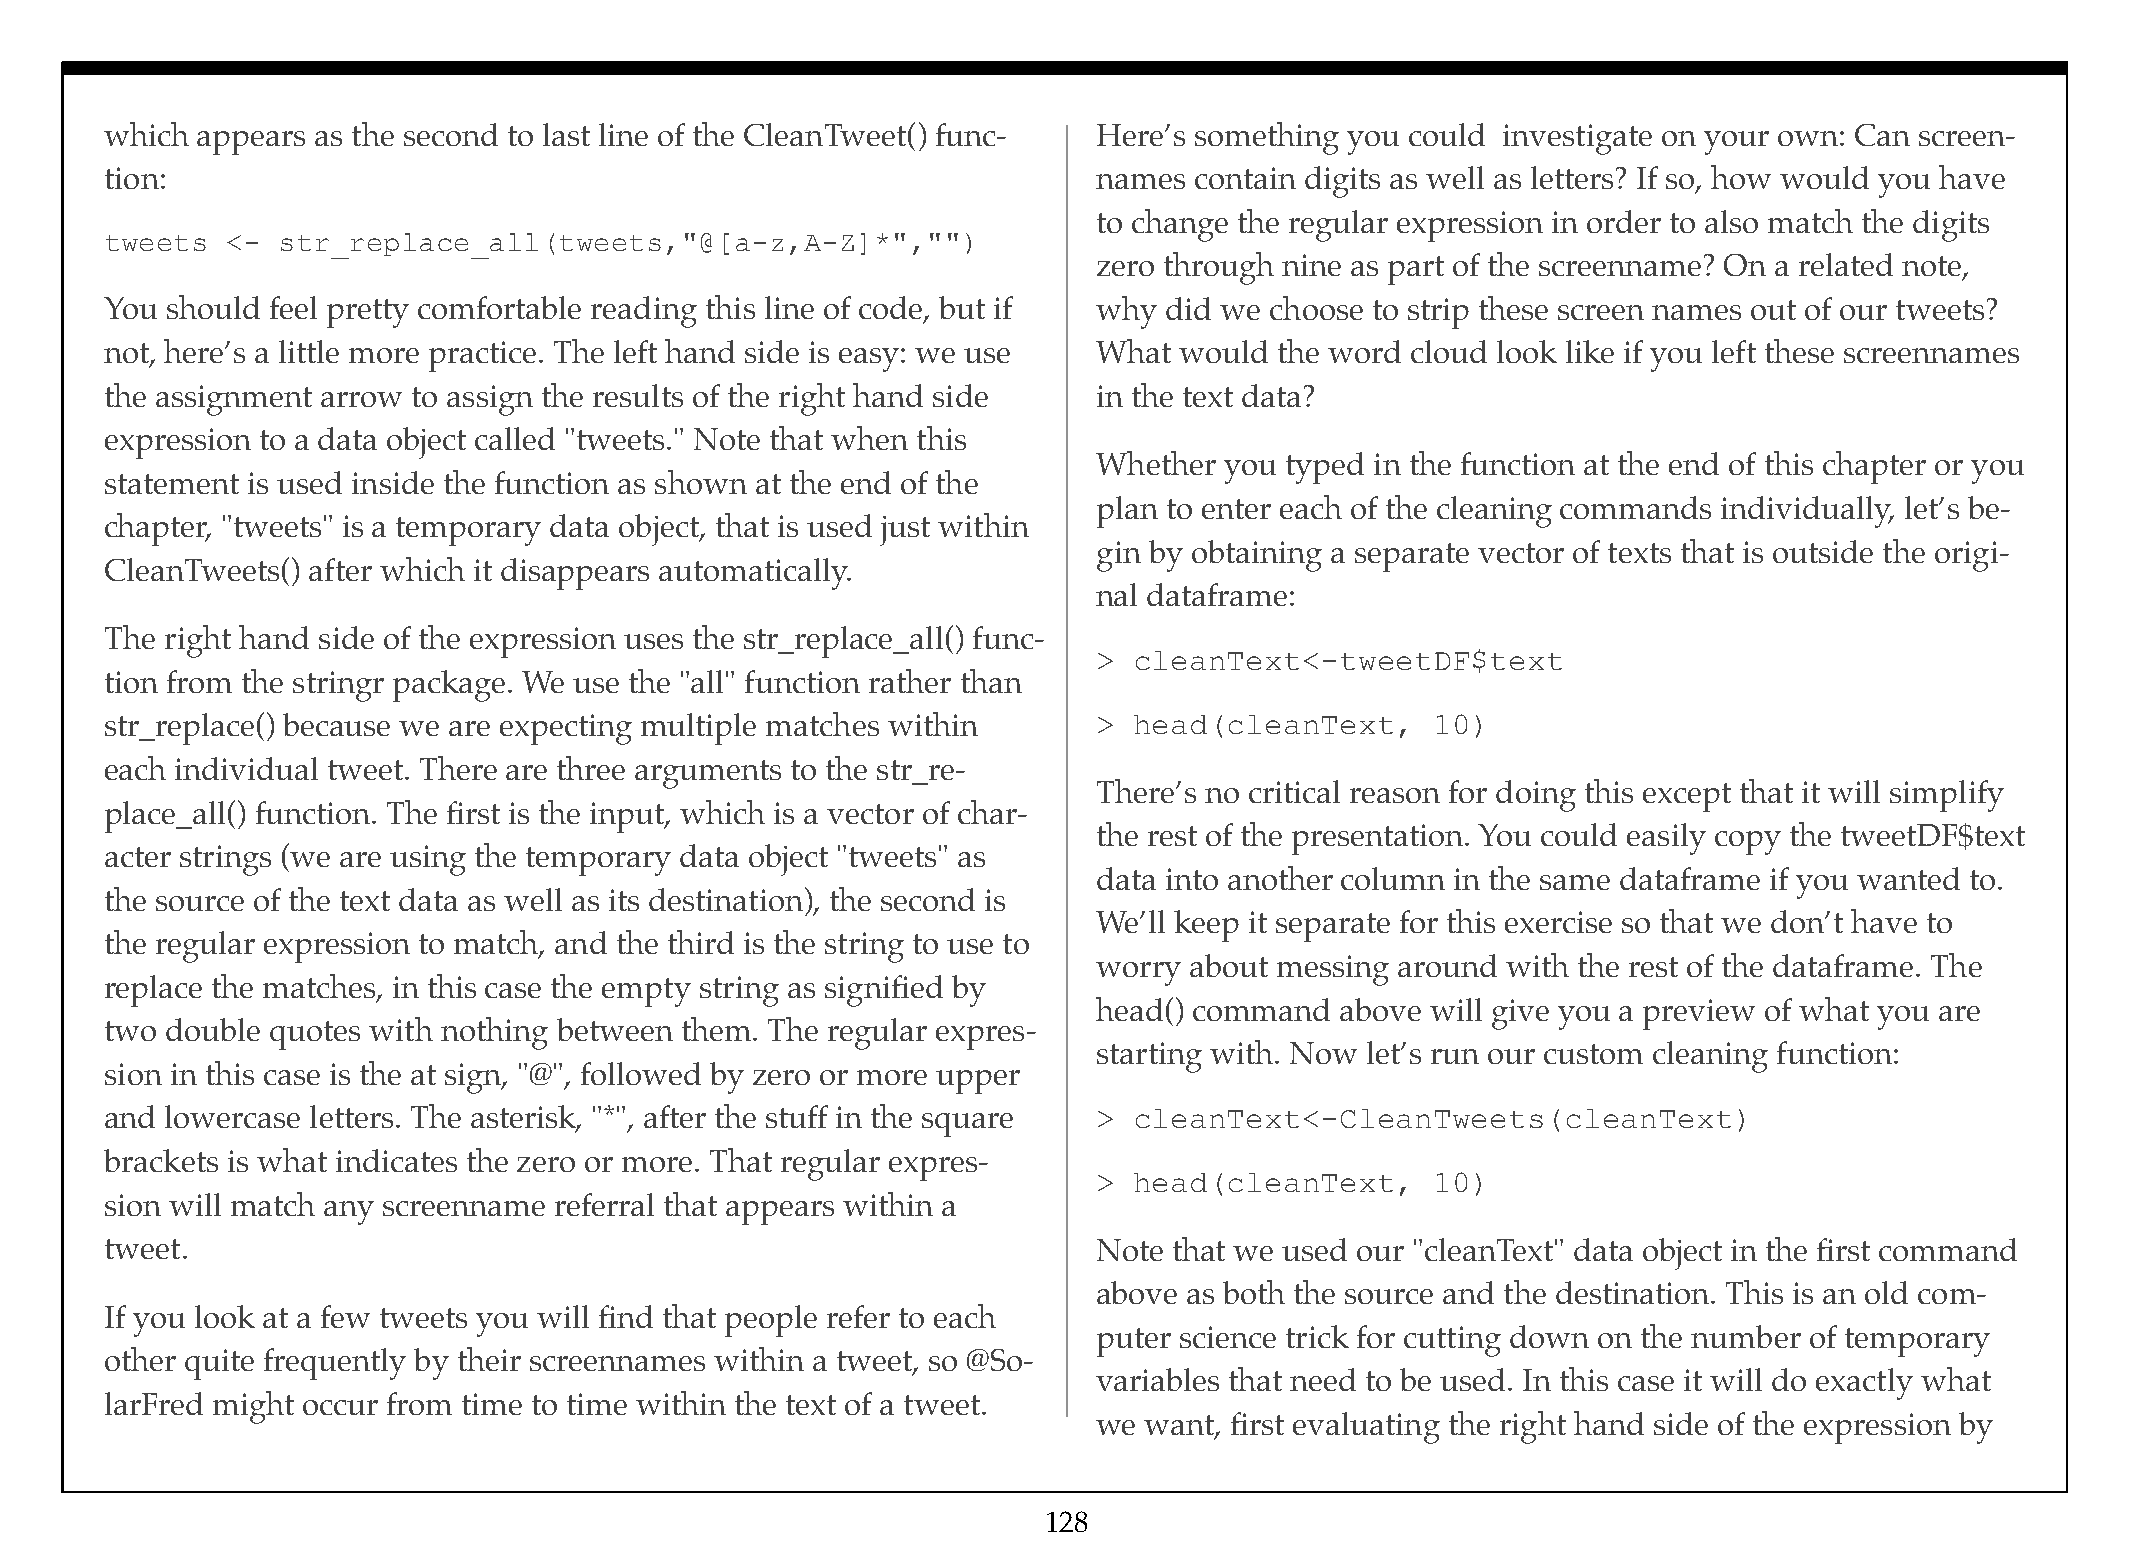
which appears as the second to last line of the CleanTweet() func- Here’s something you could investigate on your own: Can screen-
 tion:                                                             names contain digits as well as letters? If so, how would you have
 to change the regular expression in order to also match the digits
 tweets  <- str_replace_all(tweets,"@[a-z,A-Z]*","")
 zero through nine as part of the screenname? On a related note,
 You should feel pretty comfortable reading this line of code, but if why did we choose to strip these screen names out of our tweets?
 not, here’s a little more practice. The left hand side is easy: we use What would the word cloud look like if you left these screennames
 the assignment arrow to assign the results of the right hand side in the text data?
 expression to a data object called "tweets." Note that when this
 Whether you typed in the function at the end of this chapter or you
 statement is used inside the function as shown at the end of the
 plan to enter each of the cleaning commands individually, let’s be-
 chapter, "tweets" is a temporary data object, that is used just within
 gin by obtaining a separate vector of texts that is outside the origi-
 CleanTweets() after which it disappears automatically.
 nal dataframe:
 The right hand side of the expression uses the str_replace_all() func-
 > cleanText<-tweetDF$text
 tion from the stringr package. We use the "all" function rather than
 str_replace() because we are expecting multiple matches within    > head(cleanText,     10)
 each individual tweet. There are three arguments to the str_re-
 There’s no critical reason for doing this except that it will simplify
 place_all() function. The first is the input, which is a vector of char-
 the rest of the presentation. You could easily copy the tweetDF$text
 acter strings (we are using the temporary data object "tweets" as
 data into another column in the same dataframe if you wanted to.
 the source of the text data as well as its destination), the second is
 We’ll keep it separate for this exercise so that we don’t have to
 the regular expression to match, and the third is the string to use to
 worry about messing around with the rest of the dataframe. The
 replace the matches, in this case the empty string as signified by
 head() command  above will give you a preview of what you are
 two double quotes with nothing between them. The regular expres-
 starting with. Now let’s run our custom cleaning function:
 sion in this case is the at sign, "@", followed by zero or more upper
 and lowercase letters. The asterisk, "*", after the stuff in the square > cleanText<-CleanTweets(cleanText)
 brackets is what indicates the zero or more. That regular expres-
 > head(cleanText,     10)
 sion will match any screenname referral that appears within a
 tweet.                                                            Note that we used our "cleanText" data object in the first command
 above as both the source and the destination. This is an old com-
 If you look at a few tweets you will find that people refer to each
 puter science trick for cutting down on the number of temporary
 other quite frequently by their screennames within a tweet, so @So-
 variables that need to be used. In this case it will do exactly what
 larFred might occur from time to time within the text of a tweet.
 we want, first evaluating the right hand side of the expression by
 128